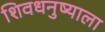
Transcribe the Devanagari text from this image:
शिवधनुष्याला